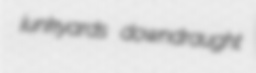
junkyards downdraught